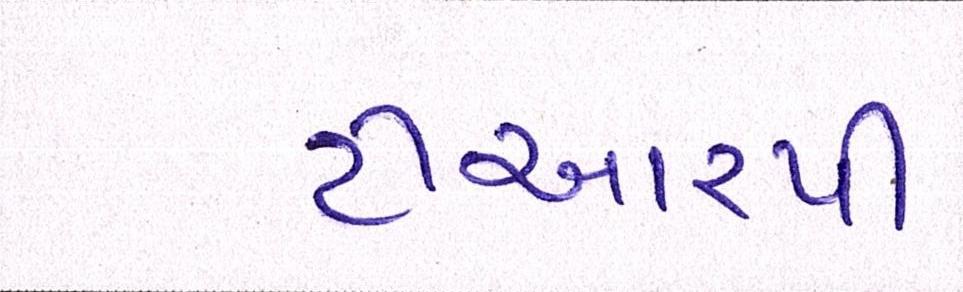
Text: ટીઆરપી